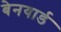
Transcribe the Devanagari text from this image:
बेनयार्ड